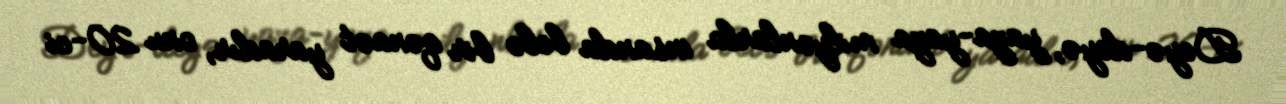
Deyə-deyə, yaza-yaza milyonlarla insanda belə bir qənaət yaradır, onu 20-ci